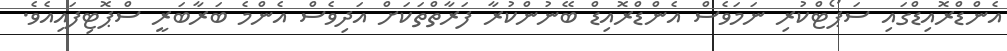
އެންޑްރޮއިޑްގައި ސަޕޯޓްކުރި ނަމަވެސް އެންޑްރޮއިޑް ބޭނުންކުރާ ފަރާތްތަކަށް އަދިވެސް އެންމެ ބަރާބަރީ ސްޕޮޓިފައިއެވެ.